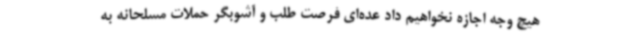
هیچ وجه اجازه نخواهیم داد عده‌ای فرصت طلب و آشوبگر حملات مسلحانه به